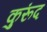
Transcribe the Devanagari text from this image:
कुरूंद